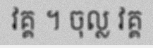
វគ្គ ។ ចុល្ល វគ្គ